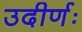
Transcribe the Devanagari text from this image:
उदीर्णः